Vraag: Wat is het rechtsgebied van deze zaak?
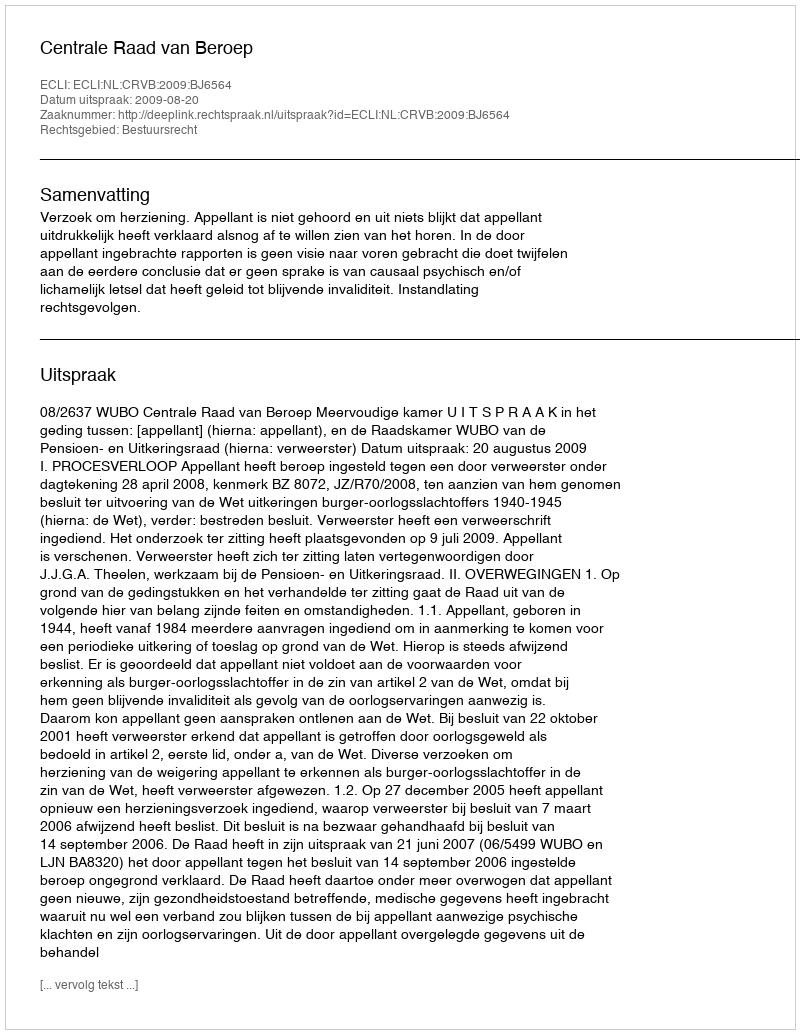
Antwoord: Bestuursrecht